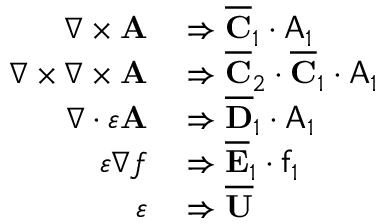
\begin{array} { r l } { \nabla \times \mathbf { A } } & { { } \Rightarrow \overline { { \mathbf { C } } } _ { 1 } \cdot \mathsf { A } _ { 1 } } \\ { \nabla \times \nabla \times \mathbf { A } } & { { } \Rightarrow \overline { { \mathbf { C } } } _ { 2 } \cdot \overline { { \mathbf { C } } } _ { 1 } \cdot \mathsf { A } _ { 1 } } \\ { \nabla \cdot \varepsilon \mathbf { A } } & { { } \Rightarrow \overline { { \mathbf { D } } } _ { 1 } \cdot \mathsf { A } _ { 1 } } \\ { \varepsilon \nabla f } & { { } \Rightarrow \overline { { \mathbf { E } } } _ { 1 } \cdot \mathsf { f } _ { 1 } } \\ { \varepsilon } & { { } \Rightarrow \overline { { \mathbf { U } } } } \end{array}